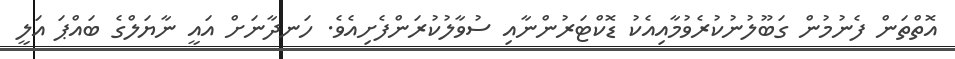
އޮތްތަން ފެނުމުން ގަބޫލުނުކުރެވުމާއިއެކު ޑޮކްޓަރުންނާއި ސުވާލުކުރަންފެށިއެވެ. ހަނދާނަށް އައީ ނާޔަލްގެ ބައްޕަ އަލީ